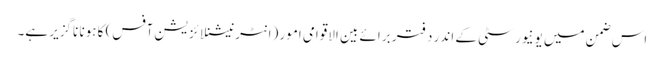
اس ضمن میں یونیورسٹی کے اندر دفتر برائے بین الاقوامی امور (انٹرنیشنلائزیشن آفس) کا ہونا ناگزیر ہے۔